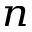
_ n